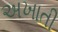
અખાતી